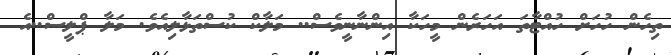
ތިހެން ހުހަށް ހުއްޓާތަ އަހަރެން މީހަކާ އިންނާނީވެސް.. މަލާކް ކުސްތަޅާލިއެވެ. މަލާ ޕްލީސް..އެ